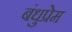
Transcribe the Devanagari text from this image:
बंधुप्रेम